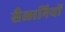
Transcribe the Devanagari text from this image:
सैलानियों